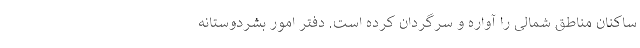
ساکنان مناطق شمالی را آواره و سرگردان کرده است. دفتر امور بشردوستانه